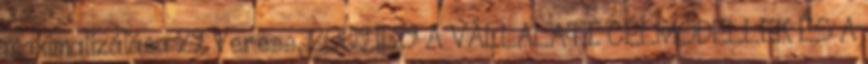
maximalizálása 29 Veress, 2009.11.29 A VÁLLALATI CÉLMODELLEK ÉS A